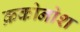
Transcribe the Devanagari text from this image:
क्रकोनोश